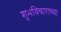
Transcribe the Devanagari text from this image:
शुभविचाराच्या